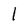
Character: 1